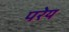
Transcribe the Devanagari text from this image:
परेय